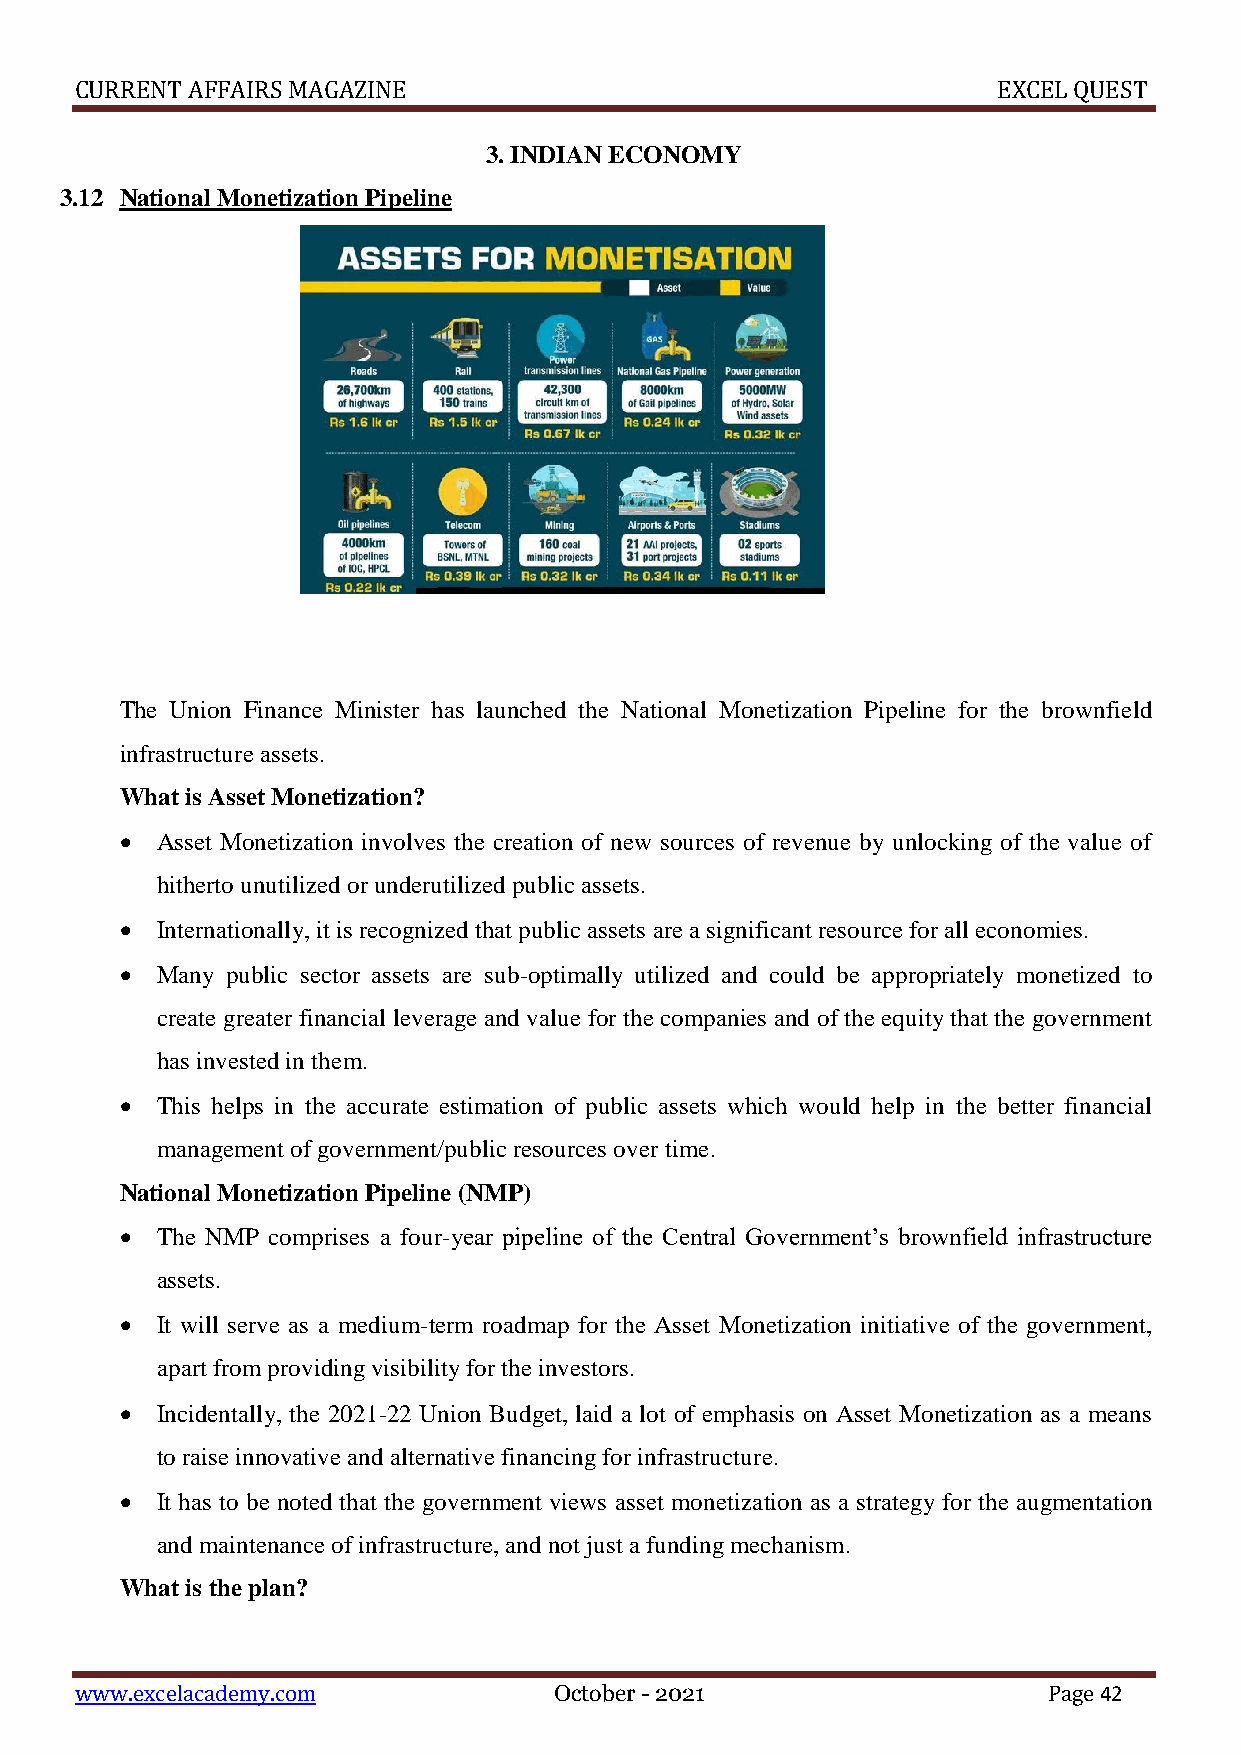
CURRENT AFFAIRS MAGAZINE                                     EXCEL QUEST
 3. INDIAN ECONOMY
 3.12 National Monetization Pipeline
 The Union Finance Minister has launched the National Monetization Pipeline for the brownfield
 infrastructure assets.
 What is Asset Monetization?
  Asset Monetization involves the creation of new sources of revenue by unlocking of the value of
 hitherto unutilized or underutilized public assets.
  Internationally, it is recognized that public assets are a significant resource for all economies.
  Many public sector assets are sub-optimally utilized and could be appropriately monetized to
 create greater financial leverage and value for the companies and of the equity that the government
 has invested in them.
  This helps in the accurate estimation of public assets which would help in the better financial
 management of government/public resources over time.
 National Monetization Pipeline (NMP)
  The NMP comprises a four-year pipeline of the Central Government’s brownfield infrastructure
 assets.
  It will serve as a medium-term roadmap for the Asset Monetization initiative of the government,
 apart from providing visibility for the investors.
  Incidentally, the 2021-22 Union Budget, laid a lot of emphasis on Asset Monetization as a means
 to raise innovative and alternative financing for infrastructure.
  It has to be noted that the government views asset monetization as a strategy for the augmentation
 and maintenance of infrastructure, and not just a funding mechanism.
 What is the plan?
 www.excelacademy.com            October - 2021                  Page 42